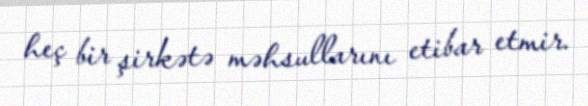
heç bir şirkətə məhsullarını etibar etmir.